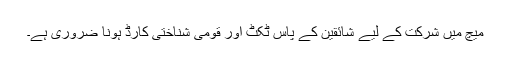
میچ میں شرکت کے لیے شائقین کے پاس ٹکٹ اور قومی شناختی کارڈ ہونا ضروری ہے۔